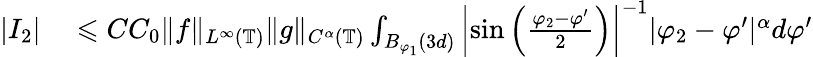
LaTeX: \begin{array}{rl}{|I_{2}|}&{{}\leqslant CC_{0}\| f\| _{L^{\infty}(\mathbb{T})}\| g\| _{C^{\alpha}(\mathbb{T})}\int_{B_{\varphi_{1}}(3d)}\left|\sin\left(\frac{\varphi_{2}-\varphi^{\prime}}{2}\right)\right|^{-1}|\varphi_{2}-\varphi^{\prime}|^{\alpha}d\varphi^{\prime}}\end{array}